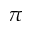
\pi